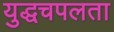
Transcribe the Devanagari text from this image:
युद्धचपलता